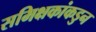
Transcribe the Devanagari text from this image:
समिक्षकांकडुन